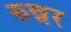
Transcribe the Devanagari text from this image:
रुन्नर